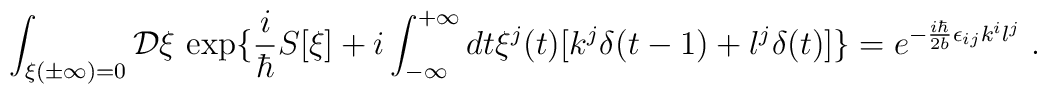
\int_{\xi (\pm \infty)=0} {\mathcal D}\xi \, \exp\{\frac{i}{\hbar}S[\xi] + i \int_{-\infty}^{+\infty} dt \xi^j(t) [k^j \delta(t-1)+l^j \delta(t)]\}= e^{-\frac{i \hbar}{2 b}\epsilon_{ij} k^i l^j }\;.